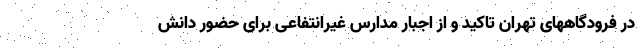
در فرودگاههای تهران تاکید و از اجبار مدارس غیرانتفاعی برای حضور دانش